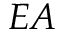
E A